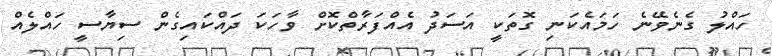
ހައްލު ގެނެވޭނެ ހަމައެކަނި ގޮތަކީ އަސަދު އެއްފަރާތްކޮށް ވާހަކަ ދައްކައިގެން ސިޔާސީ ހައްލެއް